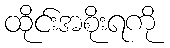
ထိုင်းအစိုးရကို